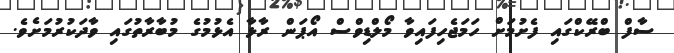
ސާފް ބްރޭކްގައި ފެށުމަށް ހަމަޖެހިފައިވާ މޯލްޑިވްސް އޯޕަން ރާޅާ އެޅުމުގެ މުބާރާތުގައި ވާދަކުރުމަށެވެ.